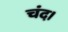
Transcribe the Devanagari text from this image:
चंद।